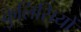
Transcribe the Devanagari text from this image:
कुलिसियों